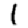
Digit: 1